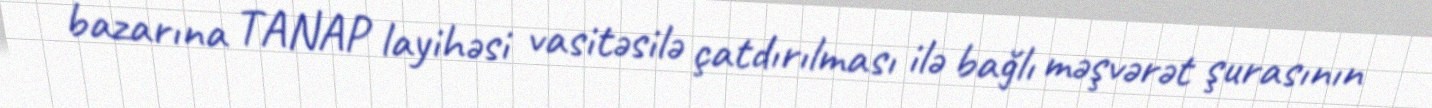
bazarına TANAP layihəsi vasitəsilə çatdırılması ilə bağlı məşvərət şurasının